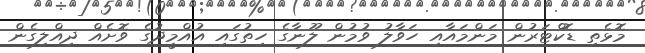
މޮޅެތި ޑޮކްޓަރުން މަންމައާއި ހަވާލު ވުމުން ލޫނާގެ ހިތުގައި އުއްމީދުގެ ވޮށެއް ދިއްލިގެން